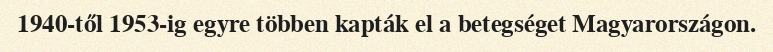
1940-től 1953-ig egyre többen kapták el a betegséget Magyarországon.